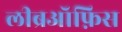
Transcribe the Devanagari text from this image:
लीब्रऑफ़िस